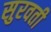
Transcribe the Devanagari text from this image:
सुरवती